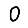
Digit: 0